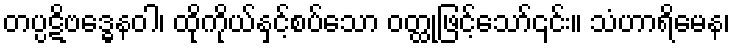
တပ္ပဋိဗဒ္ဓေနဝါ၊ ထိုကိုယ်နှင့်စပ်သော ဝတ္ထုဖြင့်သော်၎င်း။ သံဟာရိမေန၊